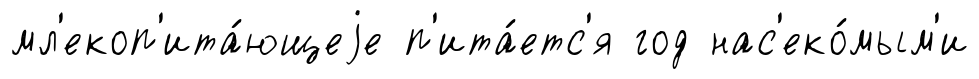
мл'екоп'ита́ющеjе п'ита́етс'я год нас'еко́мым'и